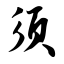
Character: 须